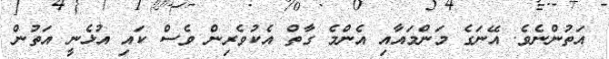
އަތުންނެވެ. އޭނަގެ މަންމައާއި އެންމެ ގާތް އެކުވެރިން ވެސް ކައި އުޅެނީ އަތުން